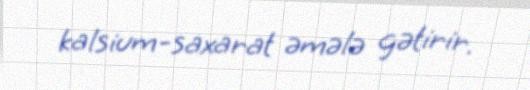
kalsium-saxarat əmələ gətirir.